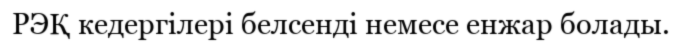
РЭҚ кедергілері белсенді немесе енжар болады.